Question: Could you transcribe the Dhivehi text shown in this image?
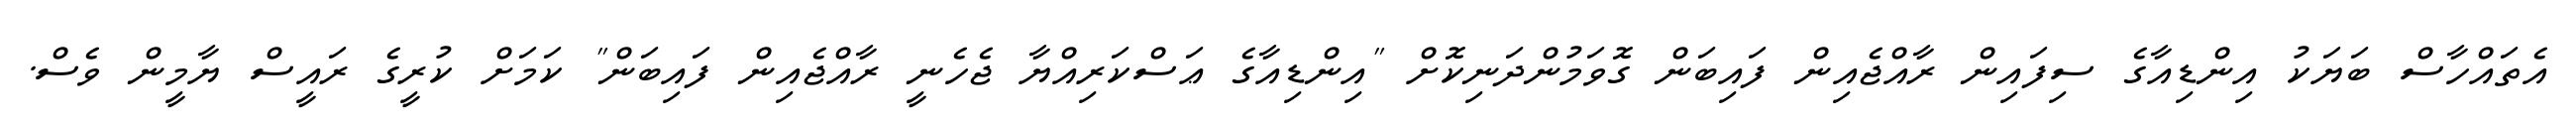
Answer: އެތައްހާސް ބަޔަކު އިންޑިއާގެ ސިފައިން ރާއްޖެއިން ފައިބަން ގޮވަމުންދަނިކޮށް "އިންޑިއާގެ ޢަސްކަރިއްޔާ ޖެހެނީ ރާއްޖެއިން ފައިބަން" ކަމަށް ކުރީގެ ރައީސް ޔާމީން ވެސް.